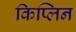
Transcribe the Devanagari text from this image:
किप्लिन